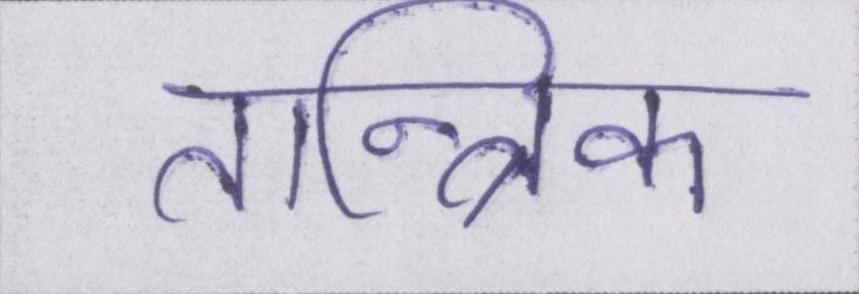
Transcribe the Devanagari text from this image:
तान्त्रिक